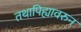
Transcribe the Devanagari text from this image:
तथापिह्यावरुन